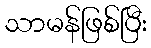
သာမန်ဖြစ်ပြီး